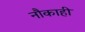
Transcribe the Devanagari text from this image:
नौकाही